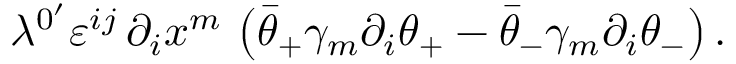
\lambda ^ { 0 ^ { \prime } } \varepsilon ^ { i j } \, \partial _ { i } x ^ { m } \, \left( \bar { \theta } _ { + } \gamma _ { m } \partial _ { i } \theta _ { + } - \bar { \theta } _ { - } \gamma _ { m } \partial _ { i } \theta _ { - } \right) . \nonumber